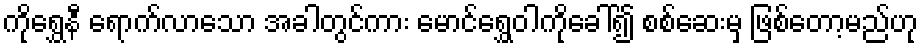
ကိုရွှေနီ ရောက်လာသော အခါတွင်ကား မောင်ရွှေဝါကိုခေါ်၍ စစ်ဆေးမှ ဖြစ်တော့မည်ဟု